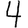
Digit: 4